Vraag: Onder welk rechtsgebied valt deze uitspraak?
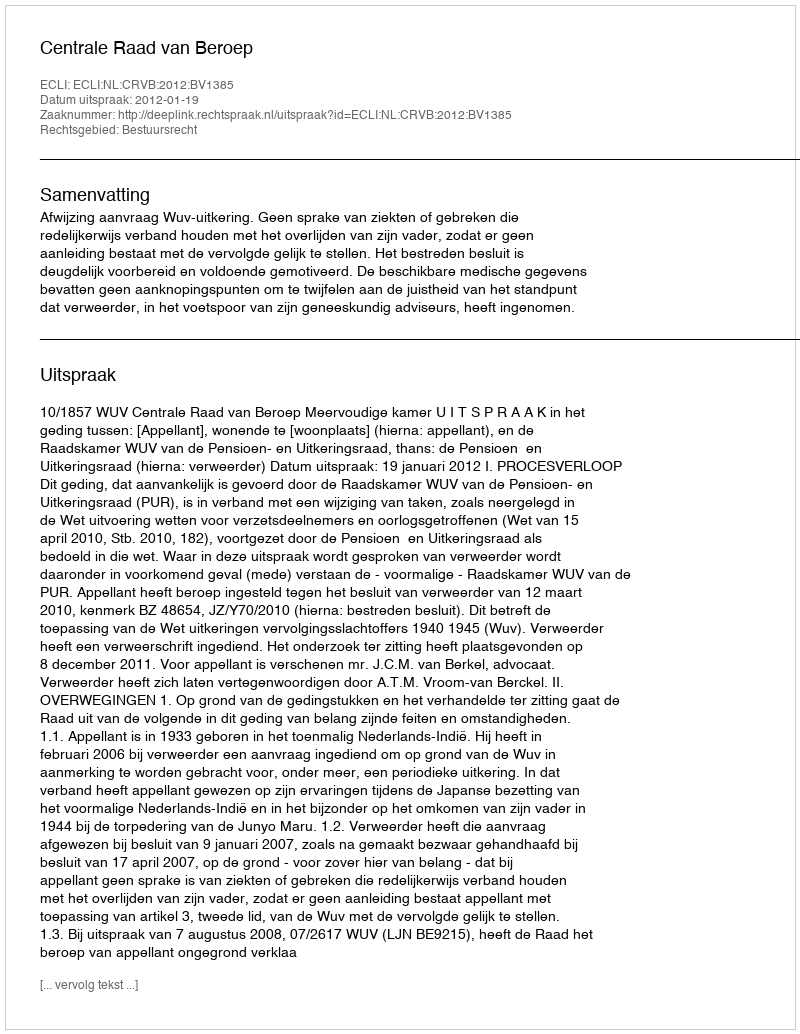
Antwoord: Bestuursrecht